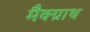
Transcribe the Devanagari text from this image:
मैक्ग्राथ